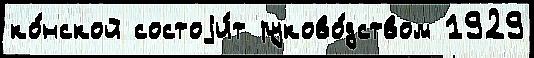
ко́нской состоjи́т руково́дством 1929